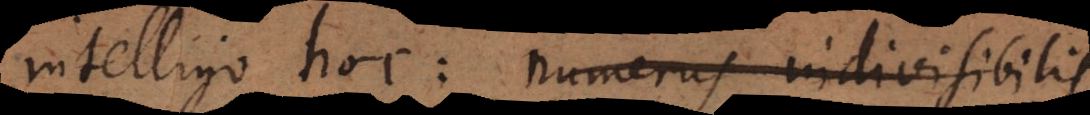
intelligo hoc: numerus non‐divisibilis